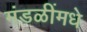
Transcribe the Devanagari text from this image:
मंडळींमधे